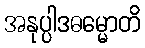
အနုပ္ပါဒဓမ္မောတိ